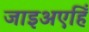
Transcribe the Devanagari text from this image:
जाइअएहिँ